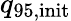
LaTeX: {q_{95,\mathrm{init}}}